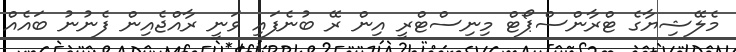
މެލޭޝިޔާގެ ޓްރާންސްޕޯޓް މިނިސްޓްރީ އިން ރޭ ބުނެފައި ވަނީ ރާއްޖެއިން ފެނުނު ބައެއް